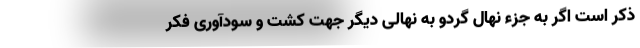
ذکر است اگر به جزء نهال گردو به نهالی دیگر جهت کشت و سودآوری فکر